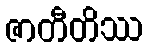
ဇာတီတိဿ